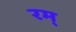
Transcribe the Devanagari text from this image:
रम्